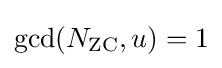
{\text{gcd}}(N_{\text{ZC}},u)=1